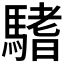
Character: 𩥂